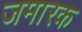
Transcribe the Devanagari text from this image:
जमारक